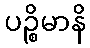
ပဉ္စိမာနိ